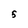
Character: 5